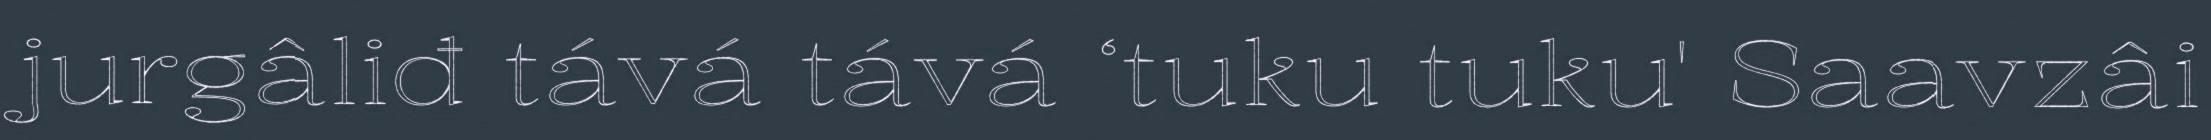
jurgâliđ tává tává ‘tuku tuku' Saavzâi